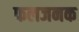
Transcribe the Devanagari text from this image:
फलजनक